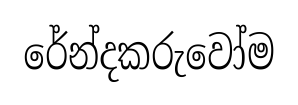
රේන්දකරුවෝම